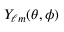
Y _ { \ell m } ( \theta , \phi )